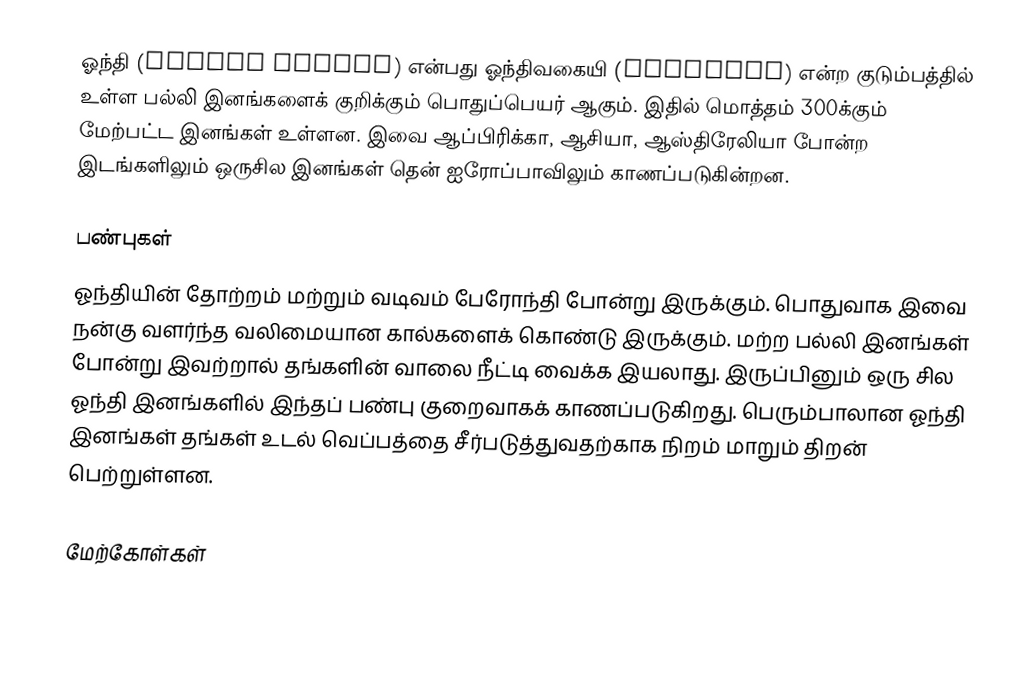
ஓந்தி (Dragon lizard) என்பது ஓந்திவகையி (Agamidae) என்ற குடும்பத்தில் உள்ள பல்லி இனங்களைக் குறிக்கும் பொதுப்பெயர் ஆகும். இதில் மொத்தம் 300க்கும் மேற்பட்ட இனங்கள் உள்ளன. இவை ஆப்பிரிக்கா, ஆசியா, ஆஸ்திரேலியா போன்ற இடங்களிலும் ஒருசில இனங்கள் தென் ஐரோப்பாவிலும் காணப்படுகின்றன.

பண்புகள்
ஓந்தியின் தோற்றம் மற்றும் வடிவம் பேரோந்தி போன்று இருக்கும். பொதுவாக இவை நன்கு வளர்ந்த வலிமையான கால்களைக் கொண்டு இருக்கும். மற்ற பல்லி இனங்கள் போன்று இவற்றால் தங்களின் வாலை நீட்டி வைக்க இயலாது. இருப்பினும் ஒரு சில ஓந்தி இனங்களில் இந்தப் பண்பு குறைவாகக் காணப்படுகிறது. பெரும்பாலான ஓந்தி இனங்கள் தங்கள் உடல் வெப்பத்தை சீர்படுத்துவதற்காக நிறம் மாறும் திறன் பெற்றுள்ளன.

மேற்கோள்கள்